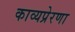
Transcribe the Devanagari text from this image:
काव्यप्रेरणा